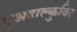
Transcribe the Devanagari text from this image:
गुअदाल्कुविर